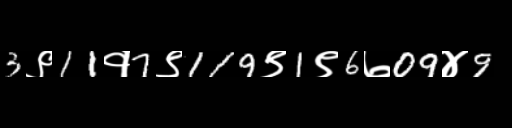
Text: 3९11१7९119९1९6७09४9